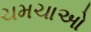
ચમચાઓ